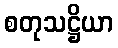
စတုသဋ္ဌိယာ